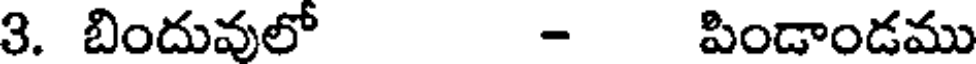
3. బిందువులో - పిండాండము